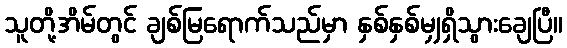
သူတို့အိမ်တွင် ချစ်မြရောက်သည်မှာ နှစ်နှစ်မျှရှိသွားချေပြီ။